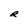
Character: R